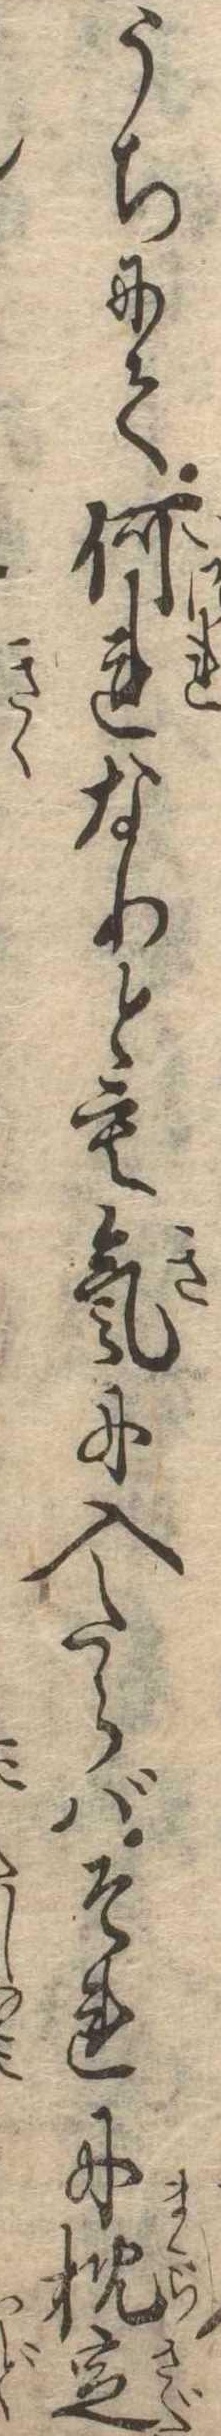
うちにて何れなりとも気に入たらばそれに枕定